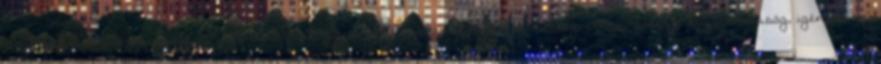
Munkakörödhöz kapcsolódó főbb elvárások: gyermekközpontúság elkötelezettség, elhivatottság, megbízhatóság, igényesség